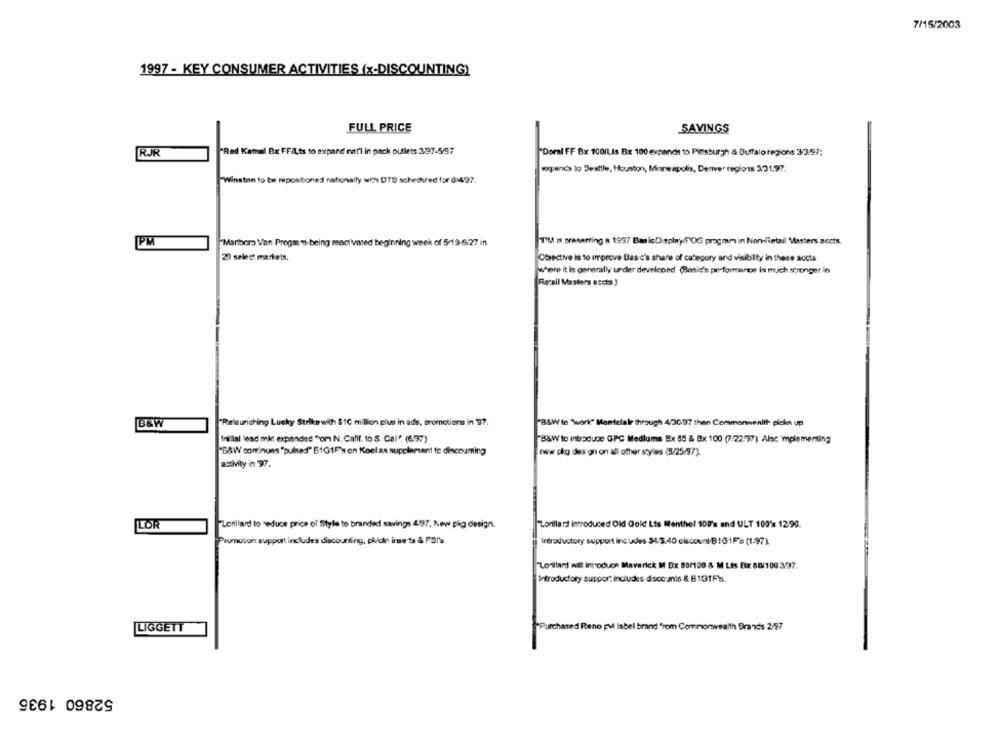
7/15/2003
1997 - KEY CONSUMER ACTIVITIES (x-DISCOUNTING)
FULL PRICE
SAVINGS
RJR
"Red Kamal Bx FFILts to expand nat'l in pack outlets 397-5/97
"Doral FF Bx 100/L Is Bx 100 expands to Pittsburgh & Buffalo regions 3/3/97:
expands to Seattle, Houston, Minneapolis, Denver regions 3/31.97.
Winston to be repositioned nationally with DTS scheduled for 84/27.
PM
"Marlboro Van Progmem-being renel'vated beginning week of 5/19-$/27 in
I'M is presenting a 1997 BasicDisplayFOG pregmm in Non-Retail Masters aocts.
29 select markets,
Objective is to improve Das c's share of category and visibility in these accts
where it is generally under develcond (Basic's performance is much stronger in
Recall Masters Bccta.)
B&W
"Relaunching Lucky Strike with $10 million plus in ads, promotions in 97.
"B&W te "Work" Montelale through 4/20.97 then Commonwealth picks up
Inillal lead mit expanded "om N. Calif. to S. Cal". (6.97)
B&W to introduce GPC Medlums Ex 55 & Bx 100 (7:22/97). Alc implementing
"68W continues "puled" 5101F's on Koel as supplement te discouming
new php des gn on all other styles (3/25/97]
activity in 97.
LOR
Lorillard to reduce price of Style to branded savings 497, New pkg design.
Lorillard introduced Old Gold Lts Menthol 1017's and ULT 100's 12/90.
rumchon support includes discounting, pl/dn ime ts & FSI's
Introductory support includes $4.5.40 ciscount-B1G1F's (1/97)
"Loillard WE introduce Maverick M Dx 89/100 & M Lts Ex 68/100 3/37.
Introductory suppor: includes disco anis & B1G1F's.
LIGGETT
Purchased Reno put label brand "rom Commonwealth Brands 2/97
52860 1935